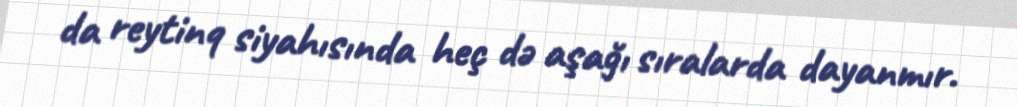
da reytinq siyahısında heç də aşağı sıralarda dayanmır.